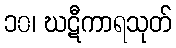
၁၀၊ ဃဋီကာရသုတ်